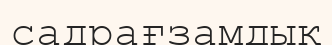
садрағзамдық